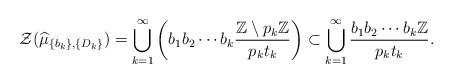
LaTeX: \begin{align*}\mathcal{Z}(\widehat{\mu}_{\{b_k\},\{D_k\}})=\bigcup_{k=1}^{\infty}\left(b_1b_2 \cdots b_k \frac{\mathbb{Z}\setminus p_{k}\mathbb{Z}}{p_{k}t_{k}}\right) \subset \bigcup_{k=1}^{\infty}\frac{b_1 b_2\cdots b_k\mathbb{Z}}{p_{k}t_{k}}.\end{align*}